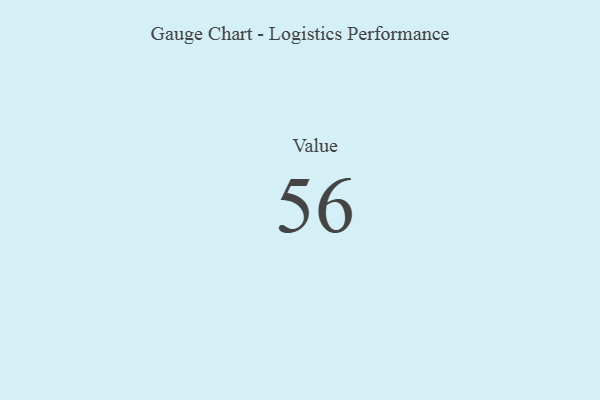
{"axis": {"x": "Metric", "y": "Value"}, "legend": [""], "data": [{"x": "Value", "y": 56, "type": ""}]}